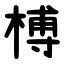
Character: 榑